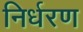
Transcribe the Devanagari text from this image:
निर्धरण